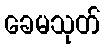
ခေမသုတ်